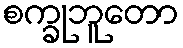
စက္ခုဘူတော